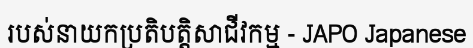
របស់នាយកប្រតិបត្តិសាជីវកម្ម - JAPO Japanese